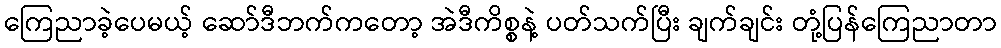
ကြေညာခဲ့ပေမယ့် ဆော်ဒီဘက်ကတော့ အဲဒီကိစ္စနဲ့ ပတ်သက်ပြီး ချက်ချင်း တုံ့ပြန်ကြေညာတာ